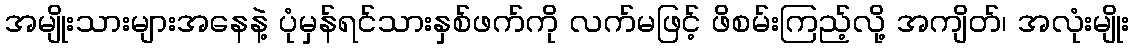
အမျိုးသားများအနေနဲ့ ပုံမှန်ရင်သားနှစ်ဖက်ကို လက်မဖြင့် ဖိစမ်းကြည့်လို့ အကျိတ်၊ အလုံးမျိုး